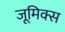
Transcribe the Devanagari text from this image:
जूमिक्स